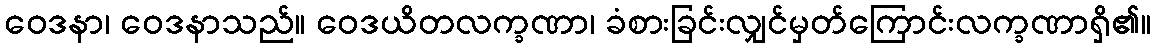
ဝေဒနာ၊ ဝေဒနာသည်။ ဝေဒယိတလက္ခဏာ၊ ခံစားခြင်းလျှင်မှတ်ကြောင်းလက္ခဏာရှိ၏။